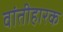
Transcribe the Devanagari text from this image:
वांतीहारक